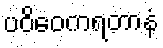
ပဝိဝေကရတာနံ